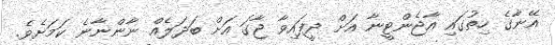
އޭނާގެ ހިތުގައި އާޖެންޓީނާ އަށް ދީފައިވާ ޖާގަ އަށް ބަދަލެއް ނާންނާނެ ކަމަށެވެ.